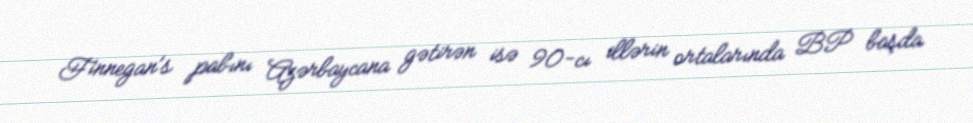
Finnegan's pabını Azərbaycana gətirən isə 90-cı illərin ortalarında BP başda